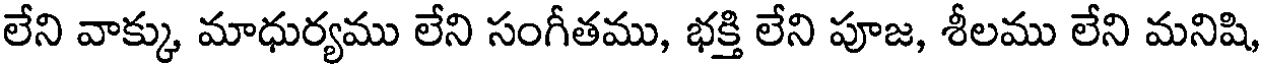
లేని వాక్కు మాధుర్యము లేని సంగీతము, భక్తి లేని పూజ, శీలము లేని మనిషి,